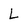
Character: L